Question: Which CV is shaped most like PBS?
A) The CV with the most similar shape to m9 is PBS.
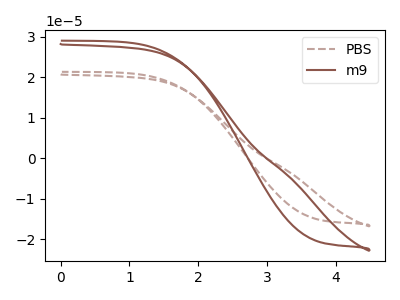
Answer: <think>The brown dashed curve "PBS" has no peaks. The brown curve "m9" has no peaks.
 Neither "PBS" or "m9" have any peaks.</think>
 <answer>A) The CV with the most similar shape to "m9" is "PBS".</answer>
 <eval>A</eval>